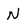
Character: N